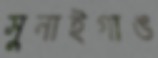
সুনাইগাঙ